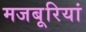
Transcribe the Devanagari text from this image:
मजबूरियां